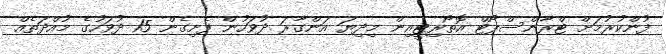
ފުންކުރުމަށް ޓްރާންސްޕޯޓް އޮތޯރިޓީއިން މިދިޔަ އަންގާރަ ދުވަހުން ފެށިގެން 15 ދުވަހުގެ މުއްދަތެއް